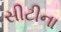
સીટીના